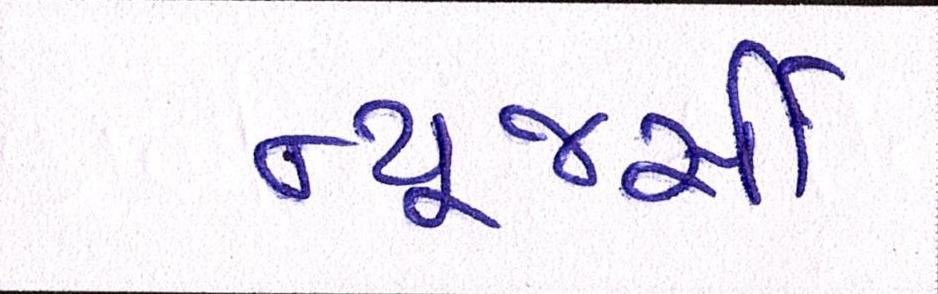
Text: ન્યૂજર્સી